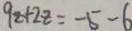
9 z + 2 z = - 5 - 6